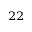
^ { 2 2 }